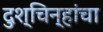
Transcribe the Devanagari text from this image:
दुश्चिन्हांचा